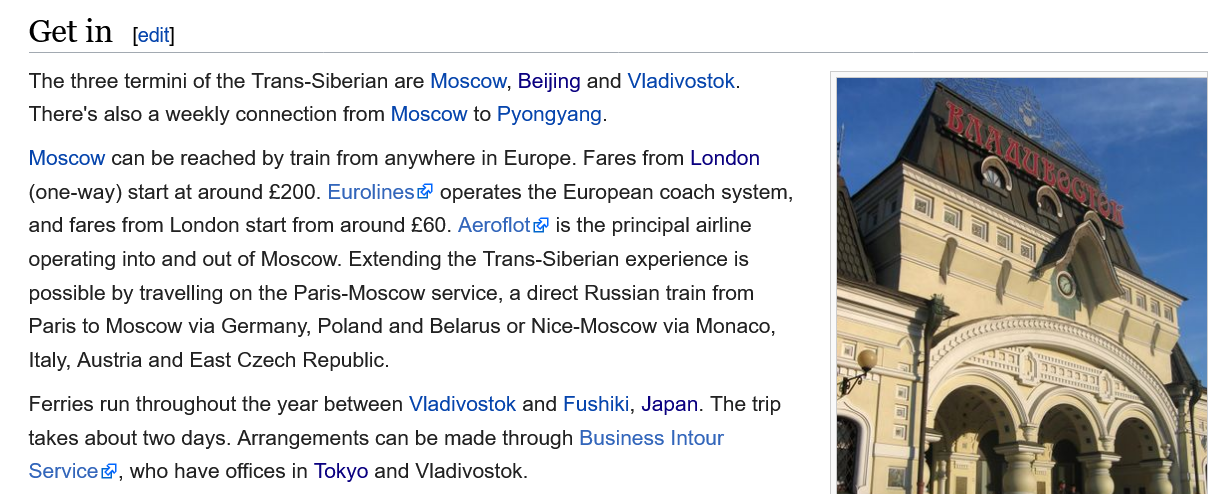
Get  in
   The three termini of the Trans-Siberian are Moscow, Beijing and Vladivostok.
   There's also a weekly connection from Moscow to Pyongyang.
   Moscow  can be reached by train from anywhere in Europe. Fares from London
   (one-way) start at around £200. Eurolines® operates the European coach system,
   and fares from London start from around £60. Aeroflot is the principal airline
   operating into and out of Moscow. Extending the Trans-Siberian experience is
   possible by travelling on the Paris-Moscow service, a direct Russian train from
   Paris to Moscow via Germany, Poland and Belarus or Nice-Moscow via Monaco,
   Italy, Austria and East Czech Republic.
   Ferries run throughout the year between Vladivostok and Fushiki, Japan. The trip
   takes about two days. Arrangements can be made through Business Intour
   Service®, who have offices in Tokyo and Vladivostok.